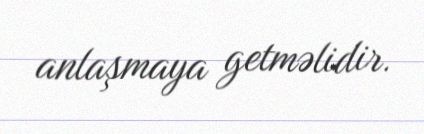
anlaşmaya getməlidir.